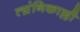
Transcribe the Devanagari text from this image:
त्य्रंनिकाल्ली